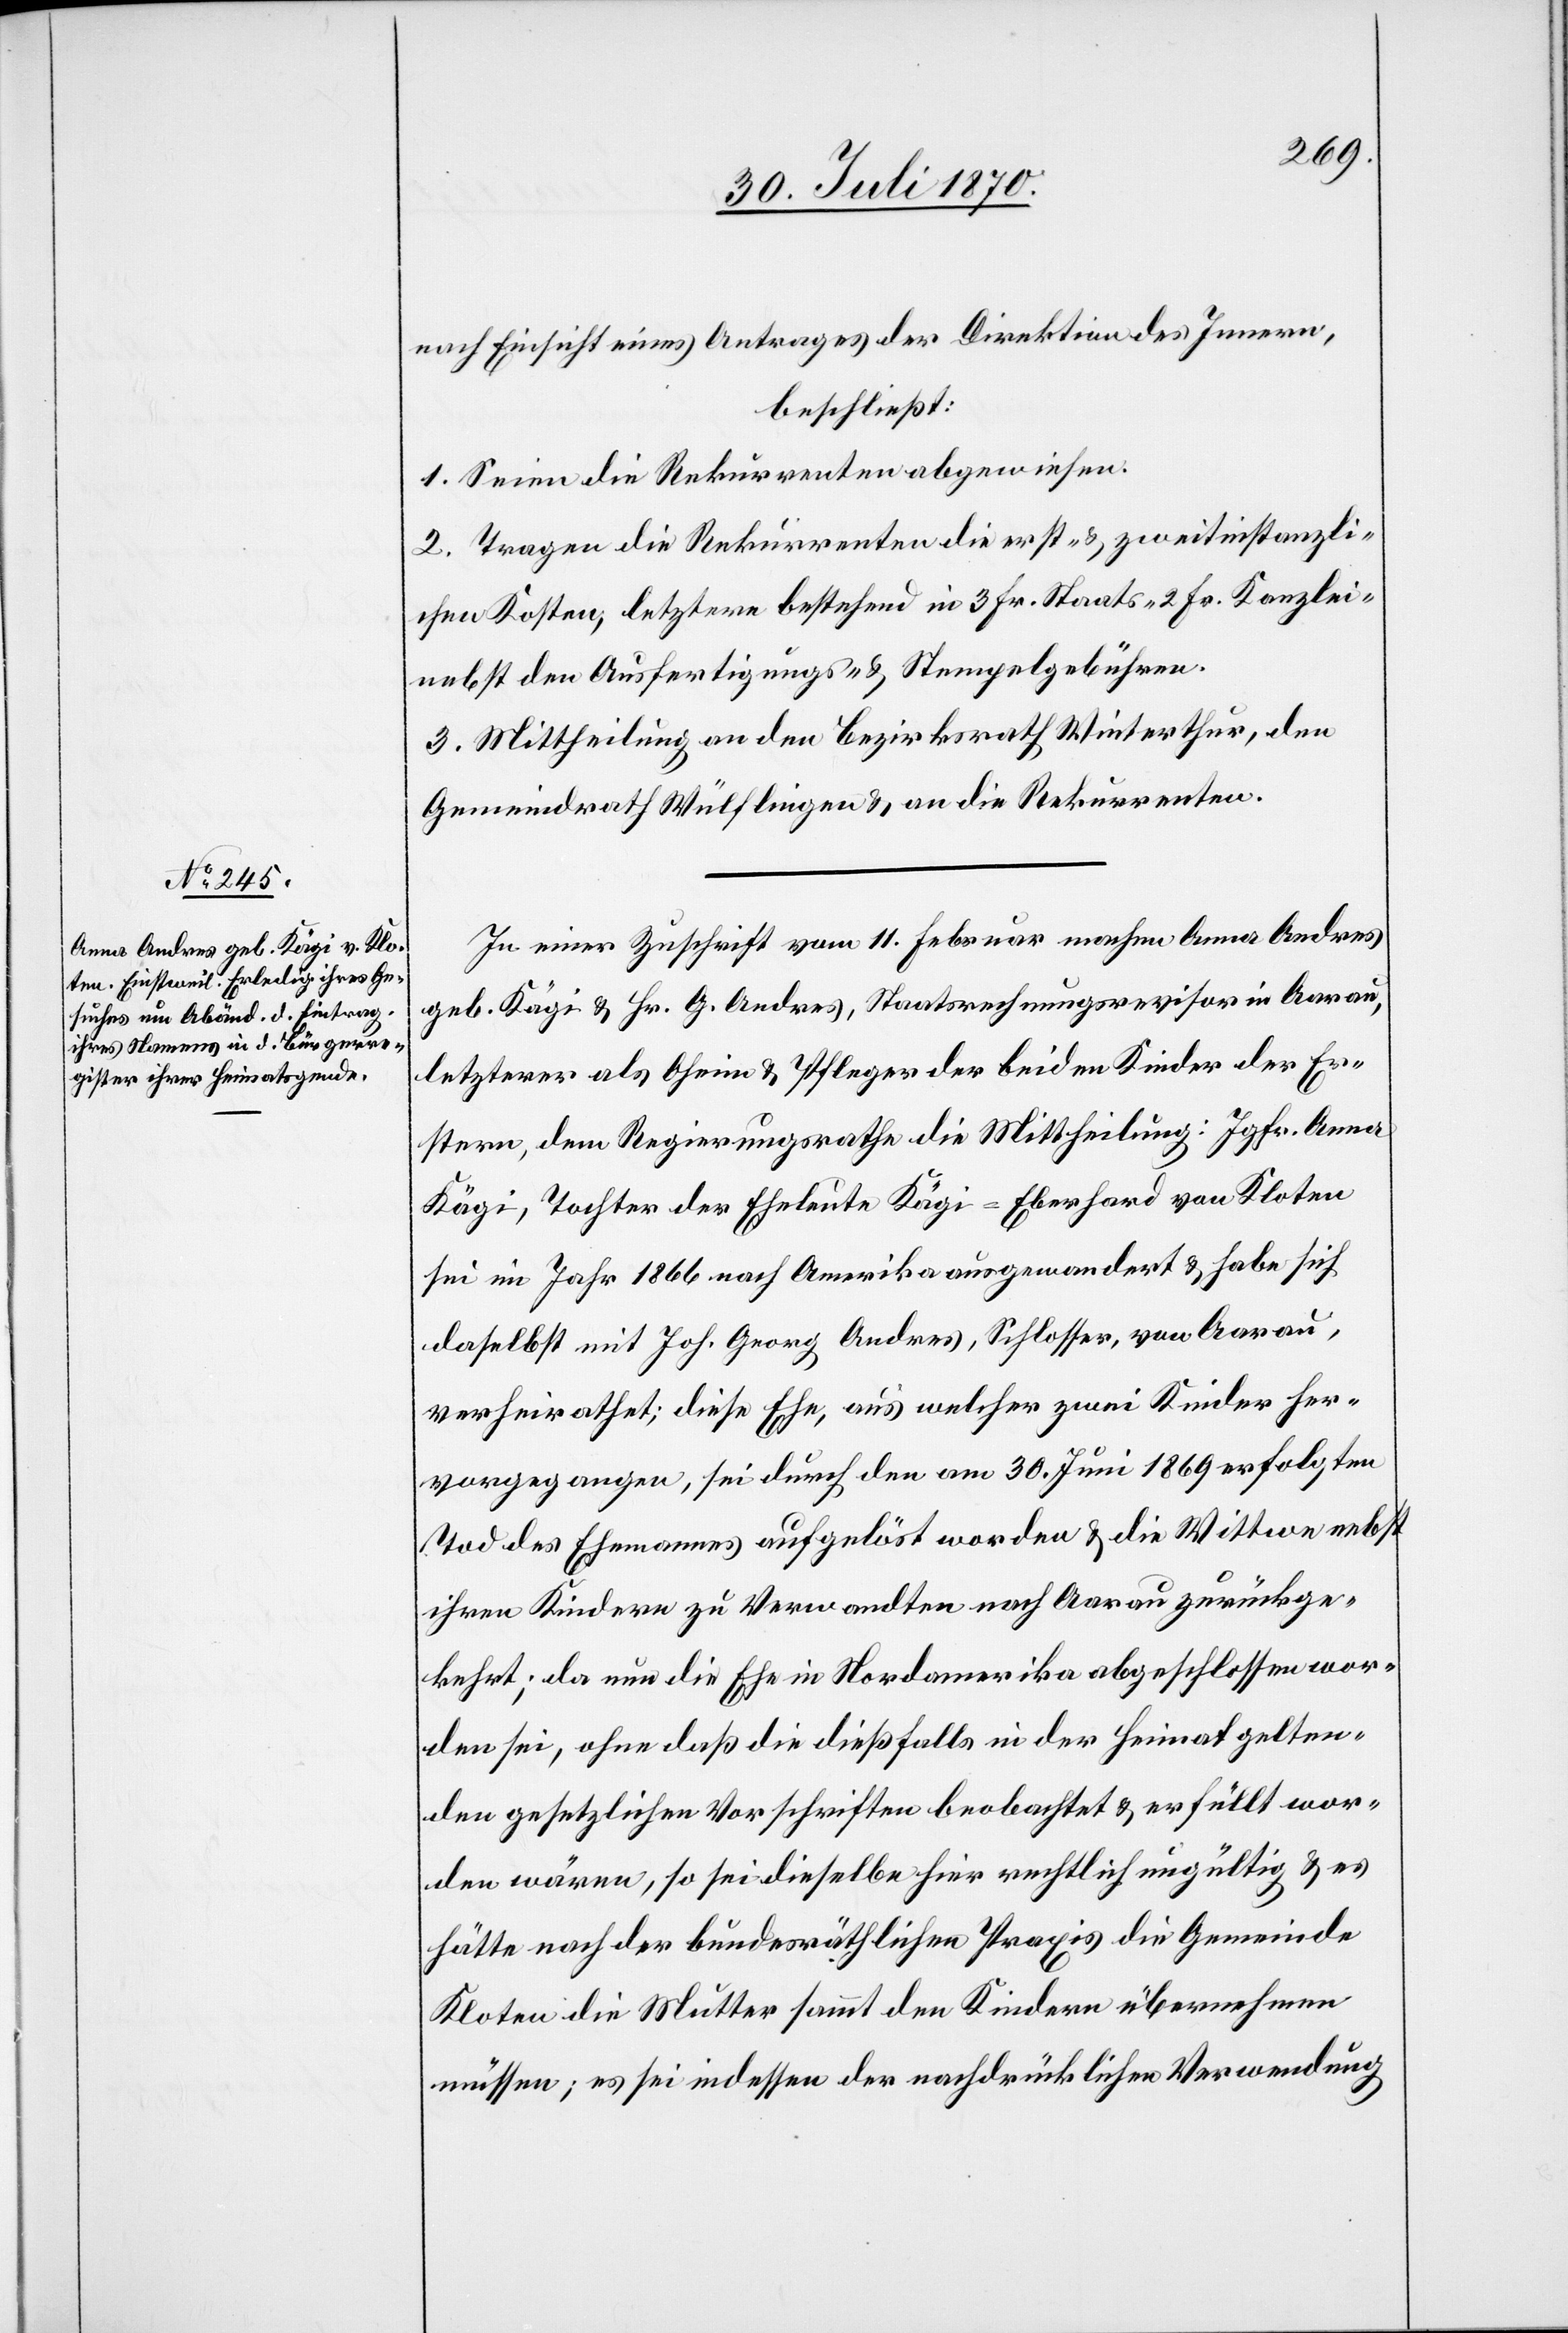
nach Einsicht eines Antrages der Direktion des Innern,
beschließt:
1. Seien die Rekurrenten abgewiesen.
2. Tragen die Rekurrenten die erst- & zweitinstanzli¬
chen Kosten, letztere bestehend in 3 Fr. Staats- 2 Fr. Kanzlei-
nebst den Ausfertigungs- & Stempelgebühren.
3. Mittheilung an den Bezirksrath Winterthur, den
Gemeindrath Wülflingen & an die Rekurrenten.
In einer Zuschrift vom 11. Februar nahm Anna Andres
geb. Kägi & Hr. G. Andres, Staatsrechnungsrevisor in Aarau,
letzterer als Oheim & Pfleger der beiden Kinder der Er¬
stern, dem Regierungsrathe die Mittheilung: Jgfr. Anna
Kägi, Tochter der Eheleute Kägi-Eberhard von Kloten
sei im Jahr 1866 nach Amerika ausgewandert & habe sich
daselbst mit Joh. Georg Andres, Schlosser, von Aarau,
verheirathet; diese Ehe, aus welcher zwei Kinder her¬
vorgegangen, sei durch den am 30. Juni 1869 erfolgten
Tode des Ehemannes aufgelöst worden & die Wittwe nebst
ihren Kindern zu Verwandten nach Aarau zurückge¬
kehrt; da nun die Ehe in Nordamerika abgeschlossen wor¬
den sei, ohne daß die dießfalls in der Heimat gelten¬
den gesetzlichen Vorschriften beobachtet & erfüllt wor¬
den wären, so sei dieselbe hier rechtlich ungültig & es
hätte der bundesräthlichen Praxis die Gemeinde
Kloten die Mutter sammt den Kindern übernehmen
müssen; es sei indessen der nachdrücklichen Verwendung